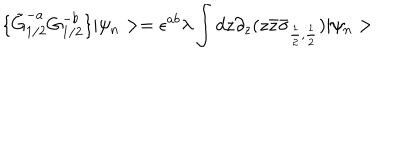
\{ \tilde { G } _ { 1 / 2 } ^ { - a } { G } _ { 1 / 2 } ^ { - b } \} | \psi _ { n } > = \epsilon ^ { a b } \lambda \int d z \partial _ { z } ( z \bar { z } \bar { \sigma } _ { \frac { 1 } { 2 } , \frac { 1 } { 2 } } ) | \psi _ { n } >